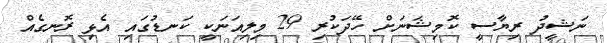
ނަޝީދު ރިޔާސީ ކޮމިޝަނަށް ހޭދަކުރި 29 މިލިއަނަކީ ކަނޑުގައި އެޅި ރޮނގެއް